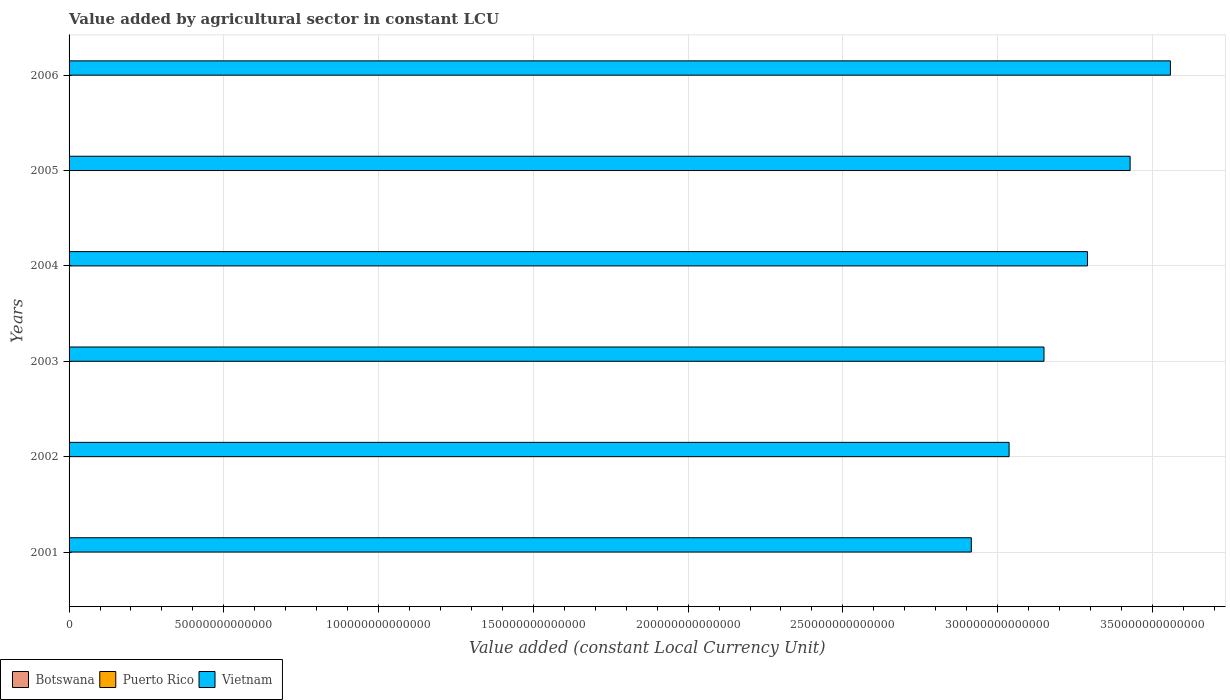
| Years | Botswana | Puerto Rico | Vietnam |
 | --- | --- | --- | --- |
 | 2001 | 1.14e+09 | 1.41e+08 | 2.92e+14 |
 | 2002 | 9.08e+08 | 1.13e+08 | 3.04e+14 |
 | 2003 | 1.09e+09 | 1.3e+08 | 3.15e+14 |
 | 2004 | 1.1e+09 | 1.61e+08 | 3.29e+14 |
 | 2005 | 1.07e+09 | 1.49e+08 | 3.43e+14 |
 | 2006 | 1.21e+09 | 1.5e+08 | 3.56e+14 |